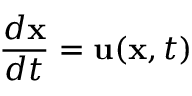
\frac { d \mathbf { x } } { d t } = \mathbf { u } ( \mathbf { x } , t )